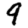
Digit: 9